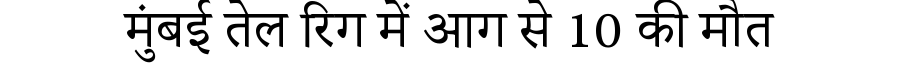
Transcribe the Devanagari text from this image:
मुंबई तेल रिग में आग से 10 की मौत